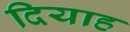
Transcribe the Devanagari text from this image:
दियाह